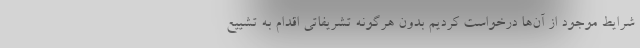
شرایط موجود از آن‌ها درخواست کردیم بدون هرگونه تشریفاتی اقدام به تشییع